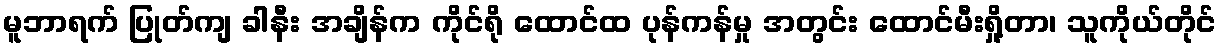
မူဘာရက် ပြုတ်ကျ ခါနီး အချိန်က ကိုင်ရို ထောင်ထ ပုန်ကန်မှု အတွင်း ထောင်မီးရှို့တာ၊ သူကိုယ်တိုင်